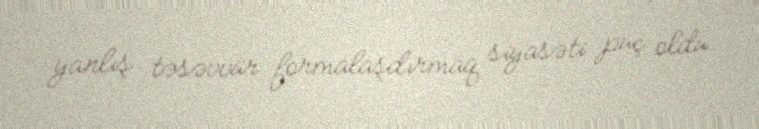
yanlış təsəvvür formalaşdırmaq siyasəti puç oldu.